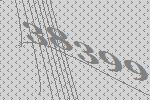
38399